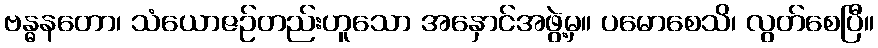
ဗန္ဓနတော၊ သံယောဇဉ်တည်းဟူသော အနှောင်အဖွဲ့မှ။ ပမောစေသိ၊ လွတ်စေပြီ။